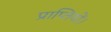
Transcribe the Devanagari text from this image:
प्राप्तियों।